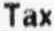
TAX